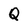
Character: Q